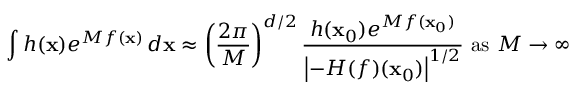
\int h ( \mathbf { x } ) e ^ { M f ( \mathbf { x } ) } \, d \mathbf { x } \approx \left( { \frac { 2 \pi } { M } } \right) ^ { d / 2 } { \frac { h ( \mathbf { x } _ { 0 } ) e ^ { M f ( \mathbf { x } _ { 0 } ) } } { \left| - H ( f ) ( \mathbf { x } _ { 0 } ) \right| ^ { 1 / 2 } } } { \mathrm { ~ a s ~ } } M \to \infty